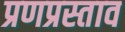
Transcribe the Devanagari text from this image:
प्रणप्रस्ताव